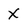
Character: X